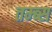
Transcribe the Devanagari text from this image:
तम्ब्स